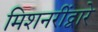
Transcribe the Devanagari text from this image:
मिशनरींद्वारे